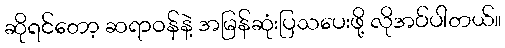
ဆိုရင်တော့ ဆရာဝန်နဲ့ အမြန်ဆုံးပြသပေးဖို့ လိုအပ်ပါတယ်။